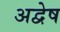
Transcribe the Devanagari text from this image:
अद्वेष